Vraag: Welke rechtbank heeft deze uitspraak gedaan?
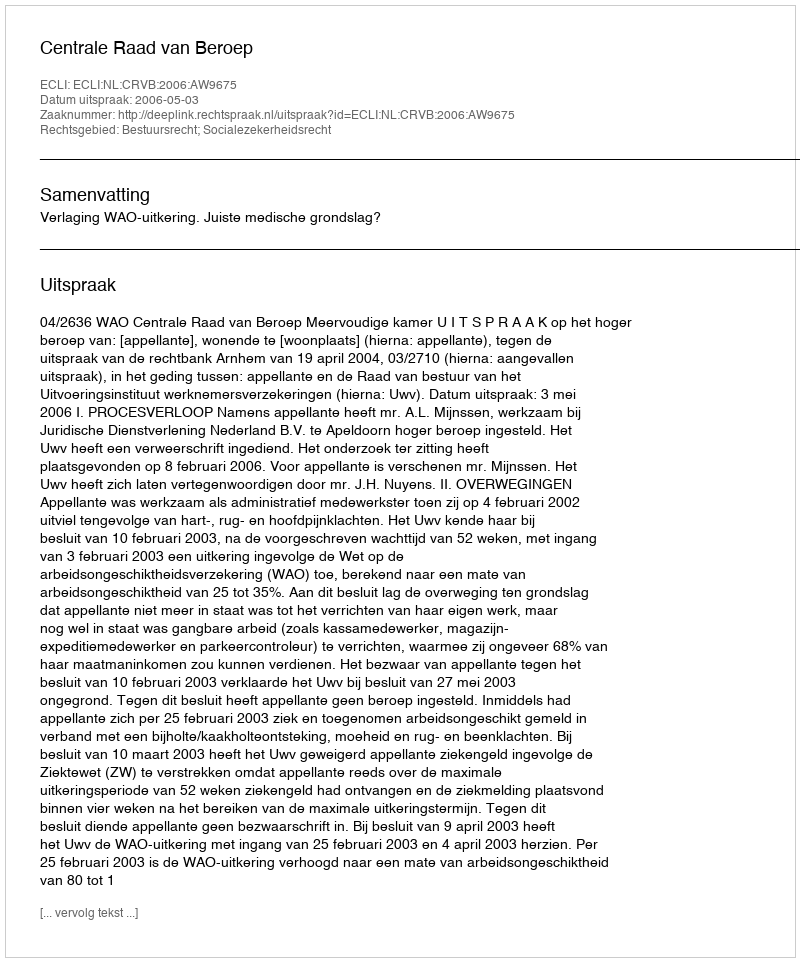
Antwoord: Centrale Raad van Beroep